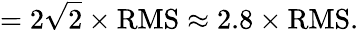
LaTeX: =2{\sqrt{2}}\times{\mathrm{RMS}}\approx 2.8\times{\mathrm{RMS}}.